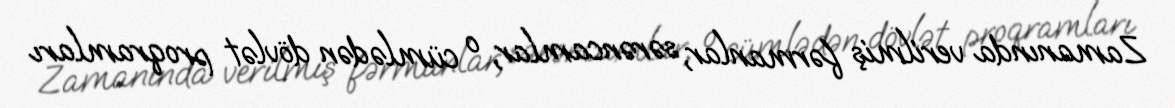
Zamanında verilmiş fərmanlar, sərəncamlar, o cümlədən dövlət proqramları